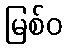
မြစ်ဝ